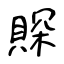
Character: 賝